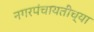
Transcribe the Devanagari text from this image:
नगरपंचायतीच्या